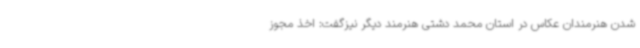
شدن هنرمندان عکاس در استان محمد دشتی هنرمند دیگر نیزگفت: اخذ مجوز